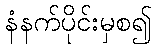
နံနက်ပိုင်းမှစ၍